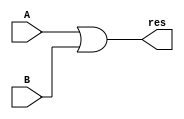
`timescale 1ns / 1ps

module or32 (
	input [31:0] A,
	input [31:0] B,
	output [31:0] res );
	
	assign res = A | B;

endmodule